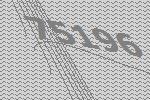
75196